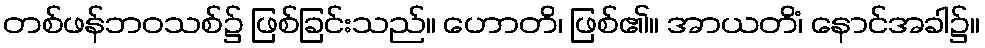
တစ်ဖန်ဘဝသစ်၌ ဖြစ်ခြင်းသည်။ ဟောတိ၊ ဖြစ်၏။ အာယတိံ၊ နောင်အခါ၌။